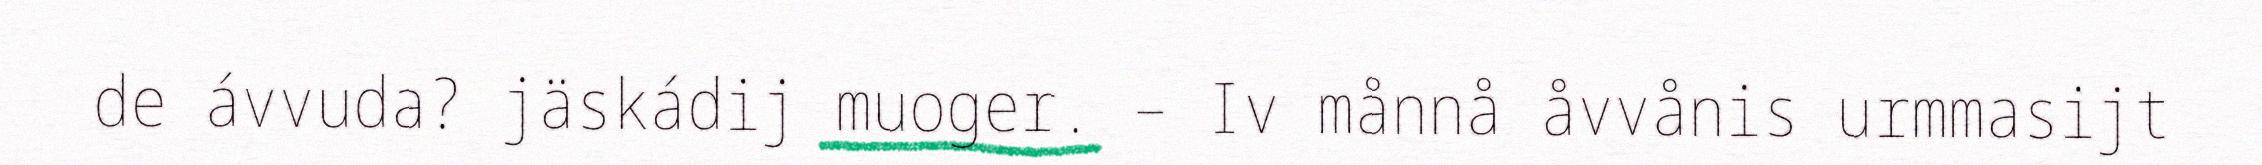
de ávvuda? jäskádij muoger. – Iv månnå åvvånis urmmasijt